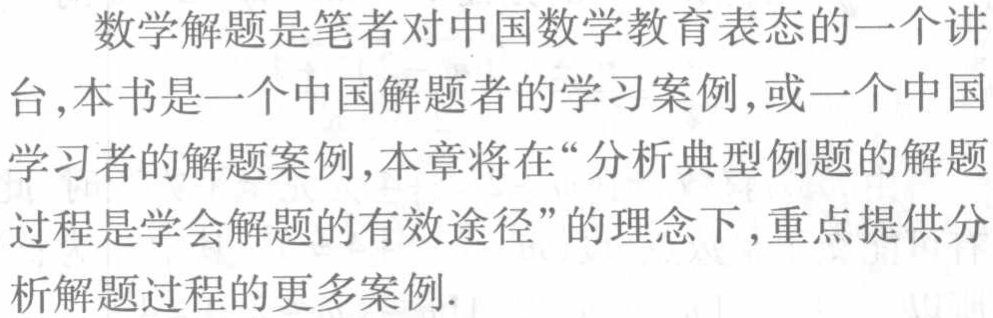
数学解题是笔者对中国数学教育表态的一个讲台,本书是一个中国解题者的学习案例,或一个中国学习者的解题案例,本章将在“分析典型例题的解题过程是学会解题的有效途径”的理念下,重点提供分析解题过程的更多案例.